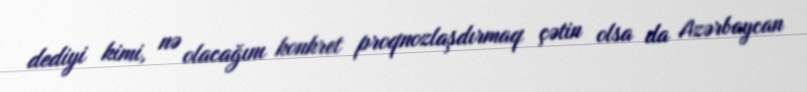
dediyi kimi, nə olacağını konkret proqnozlaşdırmaq çətin olsa da Azərbaycan